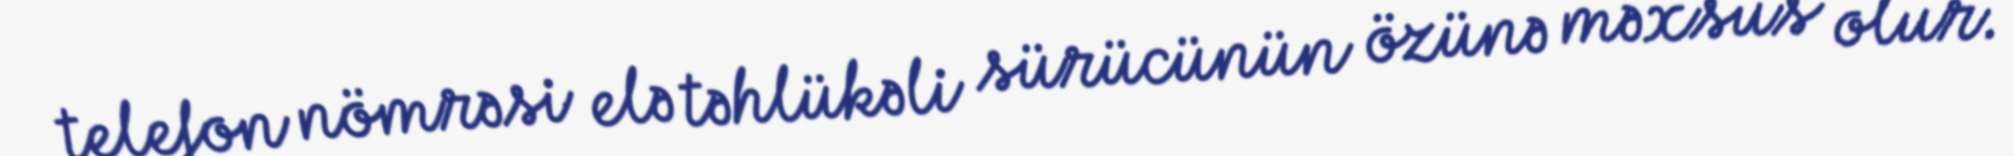
telefon nömrəsi elə təhlükəli sürücünün özünə məxsus olur.